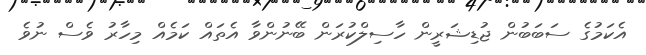
އެކަމުގެ ސަބަބުން ޖުޑިޝަރީން ހާސިލްކުރަން ބޭނުންވާ އެތައް ކަމެއް މިހާރު ވެސް ނުވެ